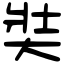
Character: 奘